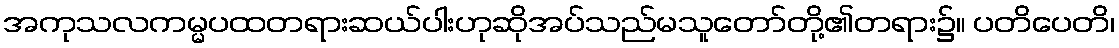
အကုသလကမ္မပထတရားဆယ်ပါးဟုဆိုအပ်သည်မသူတော်တို့၏တရား၌။ ပတိပေတိ၊